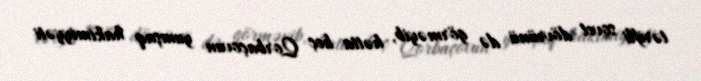
tərifli sovet dövrünü də görməyib, hətta heç Qorbaçovun yumşaq hakimiyyəti